Report on plague in the Punjab from October 1st ... to September 30th ..., being the ... season of plague in the province
Disease focus: Plague
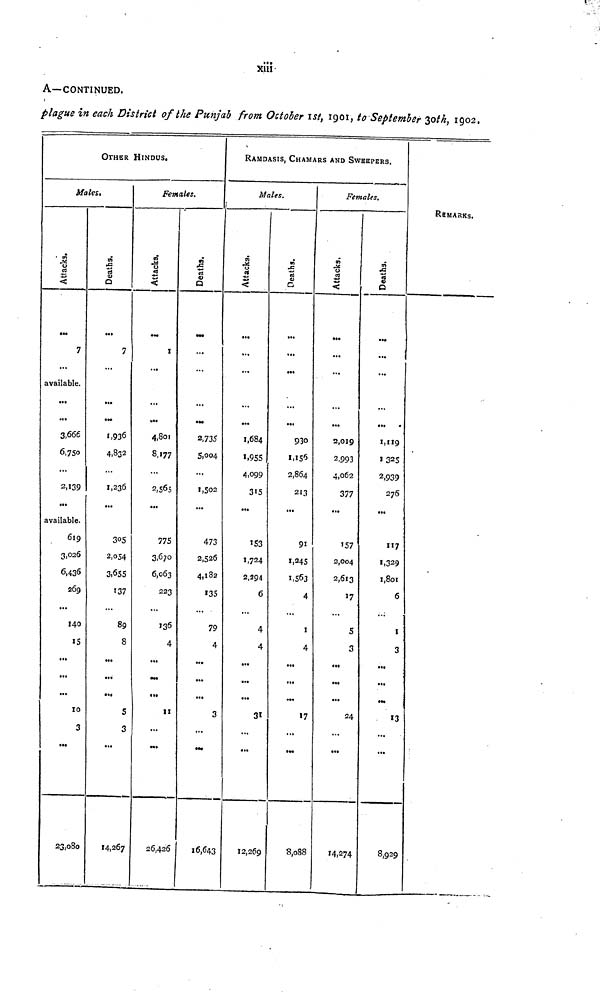
xiii
A—CONTINUED.
plague in each District of the Punjab from October 1st, 1901, to September 30th, 1902.
OTHER HINDUS.
Males.
Attacks.
...
7
...
available.
...
...
3,666
6,750
...
2,139
...
available.
619
3,026
6,436
269
...
140
15
...
...
...
10
3
...
23,080
Deaths.
...
7
...
...
...
1,936
4,832
...
1,236
...
305
2,054
3,655
137
...
89
8
...
...
...
5
3
...
14,267
Females.
Attacks.
...
1
...
...
...
4,801
8,177
...
2,565
...
775
3,670
6,063
223
...
136
4
...
...
...
11
...
...
26,426
Deaths.
...
...
...
......
...
2,735
5,004
...
1,502
...
473
2,526
4,182
135
...
79
4
...
...
...
3
...
...
16,643
RAMDAS is, CHAMARS ANO SWBB
Males.
Attacks.
...
...
...
...
...
1,684
1,955
4,099
315
...
153
1.724
2,294
6
...
4
4
...
...
...
31
...
...
12,269
Deaths.
...
...
...
...
...
930
1,156
2,864
213
...
91
1,245
1,563
4
...
1
4
...
...
...
17
...
...
8,088
PERS.
Females.
Attacks,
...
...
...
...
...
2,019
2,993
4,062
377
...
157
2,004
2,613
17
...
5
3
...
...
...
24
...
...
14,274
Deaths.
...
...
...
...
...
1,119
1,325
2,939
276
...
117
1,329
1,801
6
1
3
...
...
...
15
...
...
8,929
REMARKS.